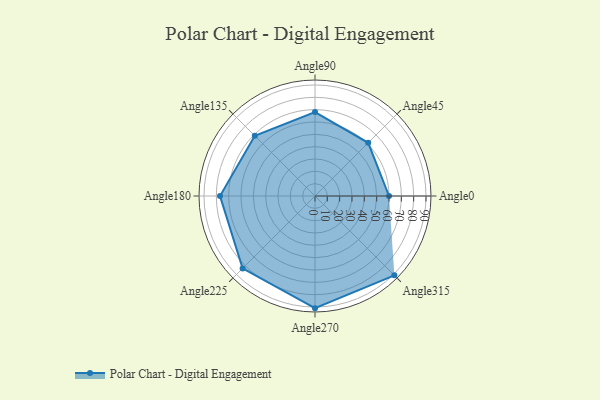
{"axis": {"x": "Angle", "y": "Radius"}, "legend": [""], "data": [{"x": "Angle0", "y": 60.0, "type": ""}, {"x": "Angle45", "y": 61.0, "type": ""}, {"x": "Angle90", "y": 68.0, "type": ""}, {"x": "Angle135", "y": 69.0, "type": ""}, {"x": "Angle180", "y": 77.0, "type": ""}, {"x": "Angle225", "y": 83.0, "type": ""}, {"x": "Angle270", "y": 91.0, "type": ""}, {"x": "Angle315", "y": 91.0, "type": ""}]}